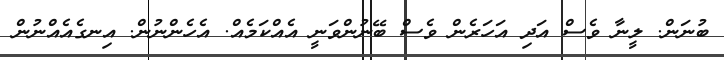
ބުނަން. ލީނާ ވެސް އަދި އަހަރެން ވެސް ބޭނުންވަނީ އެއްކަމެއް. އެހެންނުން. އިނގެއެއްނުން